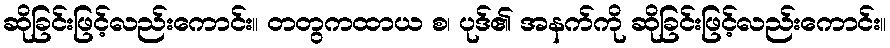
ဆိုခြင်းဖြင့်လည်းကောင်း။ တတွကထာယ စ၊ ပုဒ်၏ အနက်ကို ဆိုခြင်းဖြင့်လည်းကောင်း။